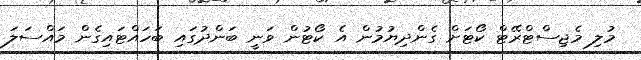
މުލި މެޖިސްޓްރޭޓް ކޯޓަށް ގެންދިޔުމުން އެ ކޯޓުން ވަނީ ބަންދުގައި ބަހައްޓައިގެން މައްސަލަ